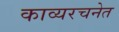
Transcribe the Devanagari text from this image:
काव्यरचनेत